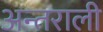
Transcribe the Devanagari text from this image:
अन्तराली